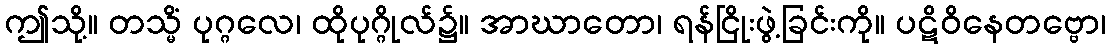
ဤသို့။ တသ္မိံ ပုဂ္ဂလေ၊ ထိုပုဂ္ဂိုလ်၌။ အာဃာတော၊ ရန်ငြိုးဖွဲ့ခြင်းကို။ ပဋိဝိနေတဗ္ဗော၊